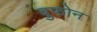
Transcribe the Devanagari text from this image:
बुफोन